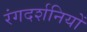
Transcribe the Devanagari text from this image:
रंगदर्शनियों